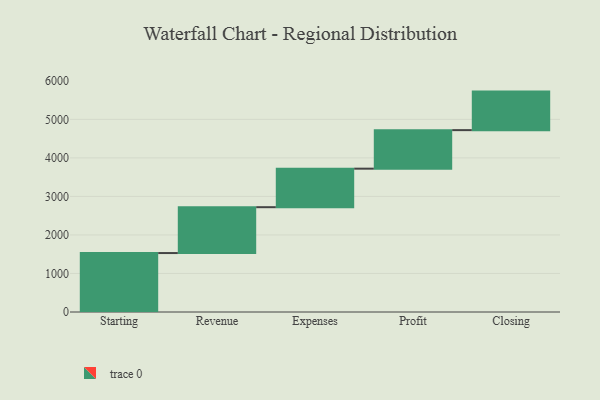
{"axis": {"x": "Step", "y": "Value"}, "legend": [""], "data": [{"x": "Starting", "y": 1530.0, "type": ""}, {"x": "Revenue", "y": 1190.0, "type": ""}, {"x": "Expenses", "y": 1000, "type": ""}, {"x": "Profit", "y": 1000, "type": ""}, {"x": "Closing", "y": 1000, "type": ""}]}